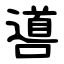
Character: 噵